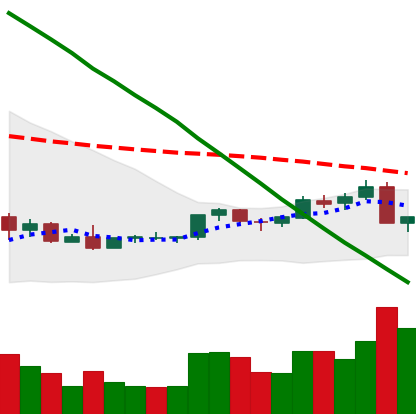
Ticker: NEO-USD
Chart end date: 2018-09-06
Forward return: -13.449%
Label: down_7plus